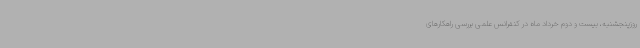
روزپنجشنبه، بیست و دوم خرداد ماه در کنفرانس علمی بررسی راهکارهای